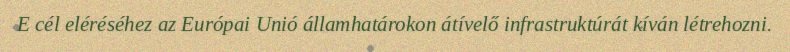
E cél eléréséhez az Európai Unió államhatárokon átívelő infrastruktúrát kíván létrehozni.